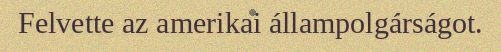
Felvette az amerikai állampolgárságot.